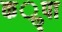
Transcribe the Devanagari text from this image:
कॣपा